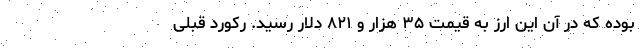
بوده که در آن این ارز به قیمت ۳۵ هزار و ۸۲۱ دلار رسید. رکورد قبلی